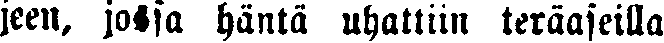
jeen, jossa häntä uhattiin teräaseilla